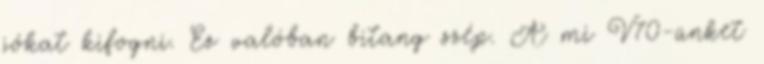
jókat kifogni. Ez valóban bitang szép. A mi V70-ünket